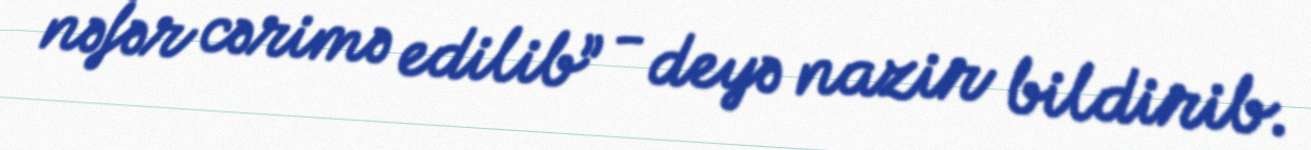
nəfər cərimə edilib” - deyə nazir bildirib.